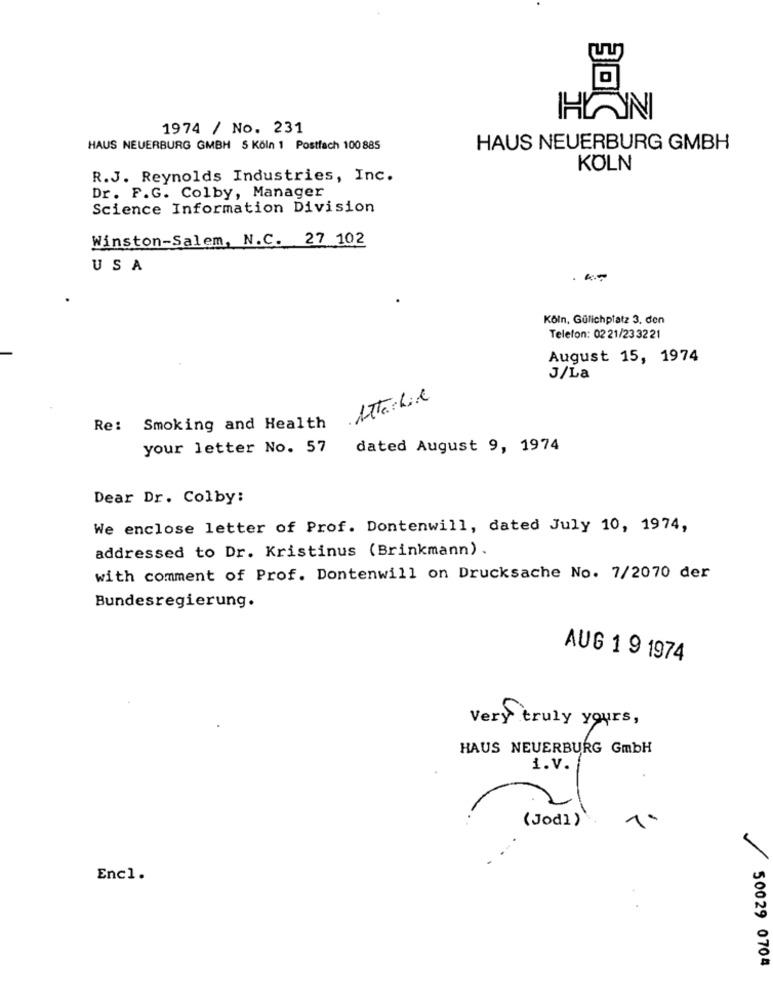
1974 / No. 231
HAUS NEUERBURG GMBH 5 Köln 1 Postfach 100 885
HAUS NEUERBURG GMBH
KÖLN
R.J. Reynolds Industries, Inc.
Dr. F.G. Colby, Manager
Science Information Division
Winston-Salem, N.C. 27 102
USA
Köln. Gülichplatz 3. den
Telefon: 02 21/23 32 21
August 15, 1974
J/La
Attachice
Re: Smoking and Health
your letter No. 57
dated August 9, 1974
Dear Dr. Colby:
We enclose letter of Prof. Dontenwill, dated July 10, 1974,
addressed to Dr. Kristinus (Brinkmann) .
with comment of Prof. Dontenwill on Drucksache No. 7/2070 der
Bundesregierung.
AUG 1 9 1974
Very truly yours,
HAUS NEUERBURG GmbH
1.V. /
(Jodl)
1
Encl.
50029 0704